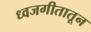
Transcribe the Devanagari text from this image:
ध्वजगीतातून